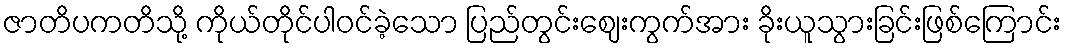
ဇာတိပကတိသို့ ကိုယ်တိုင်ပါဝင်ခဲ့သော ပြည်တွင်းဈေးကွက်အား ခိုးယူသွားခြင်းဖြစ်ကြောင်း